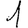
Digit: 1